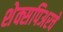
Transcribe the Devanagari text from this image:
शेक्सपिअरचे